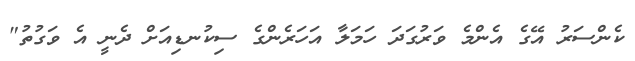
ކެންސަރު އޭގެ އެންމެ ވަރުގަދަ ހަމަލާ އަހަރެންގެ ސިކުނޑިއަށް ދެނީ އެ ވަގުތު"